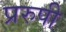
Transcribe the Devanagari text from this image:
प्ररुपी